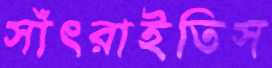
সাঁৎরাইতিস